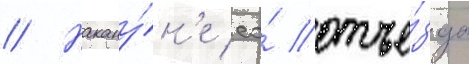
// Накану́н'е ео́ отъе́зда